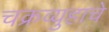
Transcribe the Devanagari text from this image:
चक्रव्युहाचे